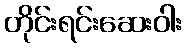
တိုင်းရင်းဆေးဝါး